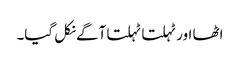
اٹھا اور ٹہلتا ٹہلتا آگے نکل گیا۔